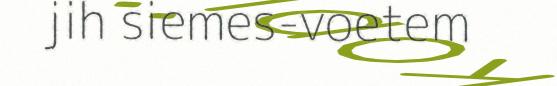
jih siemes-voetem